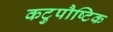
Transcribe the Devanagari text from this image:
कटुपौष्टिक